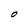
Character: O